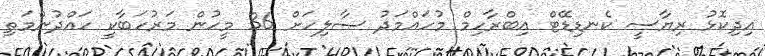
އިދިކޮޅު ރިޔާސީ ކެނޑިޑޭޓް އިބްރާހިމް މުހައްމަދު ޞާލިހަށް 36 މީހުން މަރުހަބާކީ ހައްދުންމަތި